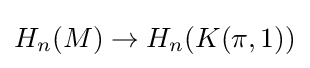
H_{n}(M)\to H_{n}(K(\pi ,1))